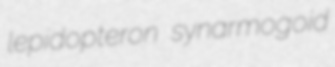
lepidopteron synarmogoid